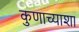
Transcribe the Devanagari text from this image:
कुणाच्याशा